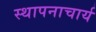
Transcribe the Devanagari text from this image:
स्थापनाचार्य